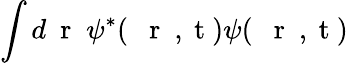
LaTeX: \int d\mathrm{~\mathbf~r~}\; \psi^{*}(\mathrm{~{~\mathbf~r~}~,~t~})\psi(\mathrm{~{~\mathbf~r~}~,~t~})